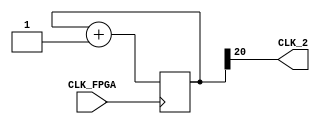
/*
Mdulo para dividir a frequncia da FPGA de forma a ser possivel utilizar nas MEF's
*/
module Primeiro_Divisor(CLK_2, CLK_FPGA);
	input CLK_FPGA;
	output CLK_2;
	reg [20:0] Out;

	always @(posedge CLK_FPGA) begin
		Out = Out + 21'b000000000000000000001;
	end
	
	assign CLK_2 = Out[20];

endmodule